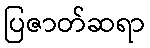
ပြဇာတ်ဆရာ